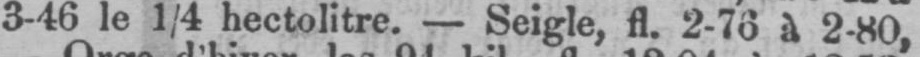
3-46 le 1/4 d’hectolitre. - Seigle, fl. 2-76 à 2-80,